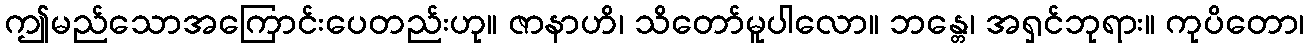
ဤမည်သောအကြောင်းပေတည်းဟု။ ဇာနာဟိ၊ သိတော်မူပါလော။ ဘန္တေ၊ အရှင်ဘုရား။ ကုပိတော၊